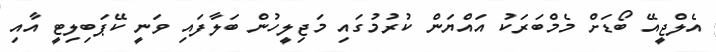
އެލްޖީއޭ ބޯޑަށް މެމްބަރަކު އައްޔަން ކުރުމުގައި މަޖިލީހުން ބަލާފައި ވަނީ ކޭޕަބިލިޓީ އާއި